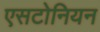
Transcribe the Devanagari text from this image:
एसटोनियन